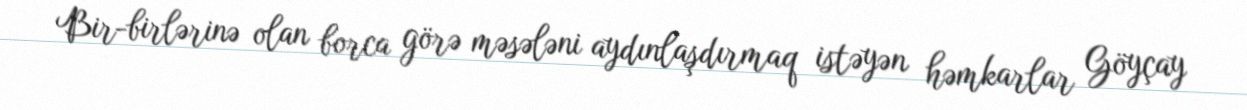
Bir-birlərinə olan borca görə məsələni aydınlaşdırmaq istəyən həmkarlar Göyçay